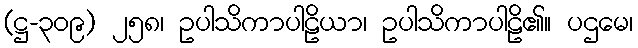
(ဋ္ဌ-၃၀၉) ၂၅၈၊ ဥပါသိကာပါဠိယာ၊ ဥပါသိကာပါဠိ၏။ ပဌမေ၊